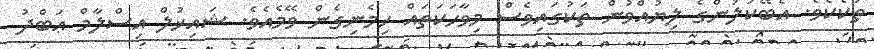
ތަކެކެވެ. އެބޭކަލުންގެ ލިޔުއްވުން ތަކުގައިވެސް މިވާހަކަތައް ހިމެނިގެން ވޭމެއެވެ. ޝައިޚުލް އިސްލާމް ޢަބްދު